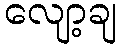
လျော့ချ